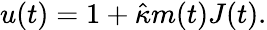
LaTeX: \begin{array}{r}{u(t)=1+\hat{\kappa}m(t)J(t).}\end{array}